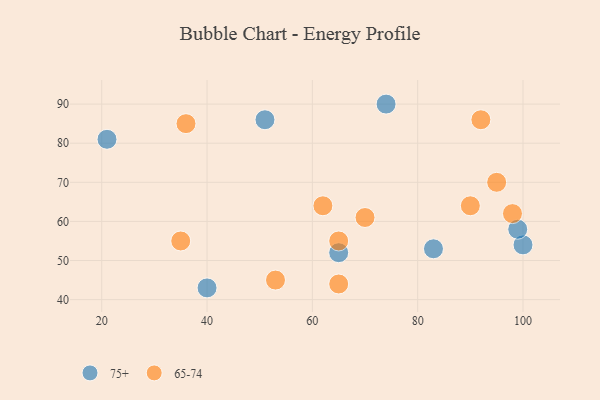
{"axis": {"x": "GDP", "y": "Life Expectancy"}, "legend": ["65-74", "75+"], "data": [{"x": "74", "y": 90, "type": "75+"}, {"x": "40", "y": 43, "type": "75+"}, {"x": "21", "y": 81, "type": "75+"}, {"x": "100", "y": 54, "type": "75+"}, {"x": "83", "y": 53, "type": "75+"}, {"x": "99", "y": 58, "type": "75+"}, {"x": "51", "y": 86, "type": "75+"}, {"x": "65", "y": 52, "type": "75+"}, {"x": "65", "y": 55, "type": "65-74"}, {"x": "36", "y": 85, "type": "65-74"}, {"x": "35", "y": 55, "type": "65-74"}, {"x": "92", "y": 86, "type": "65-74"}, {"x": "62", "y": 64, "type": "65-74"}, {"x": "98", "y": 62, "type": "65-74"}, {"x": "70", "y": 61, "type": "65-74"}, {"x": "65", "y": 44, "type": "65-74"}, {"x": "53", "y": 45, "type": "65-74"}, {"x": "95", "y": 70, "type": "65-74"}, {"x": "90", "y": 64, "type": "65-74"}]}